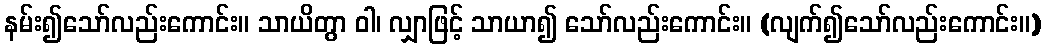
နမ်း၍သော်လည်းကောင်း။ သာယိတွာ ဝါ၊ လျှာဖြင့် သာယာ၍ သော်လည်းကောင်း။ (လျက်၍သော်လည်းကောင်း။)